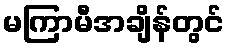
မကြာမီအချိန်တွင်